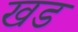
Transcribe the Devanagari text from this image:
खड